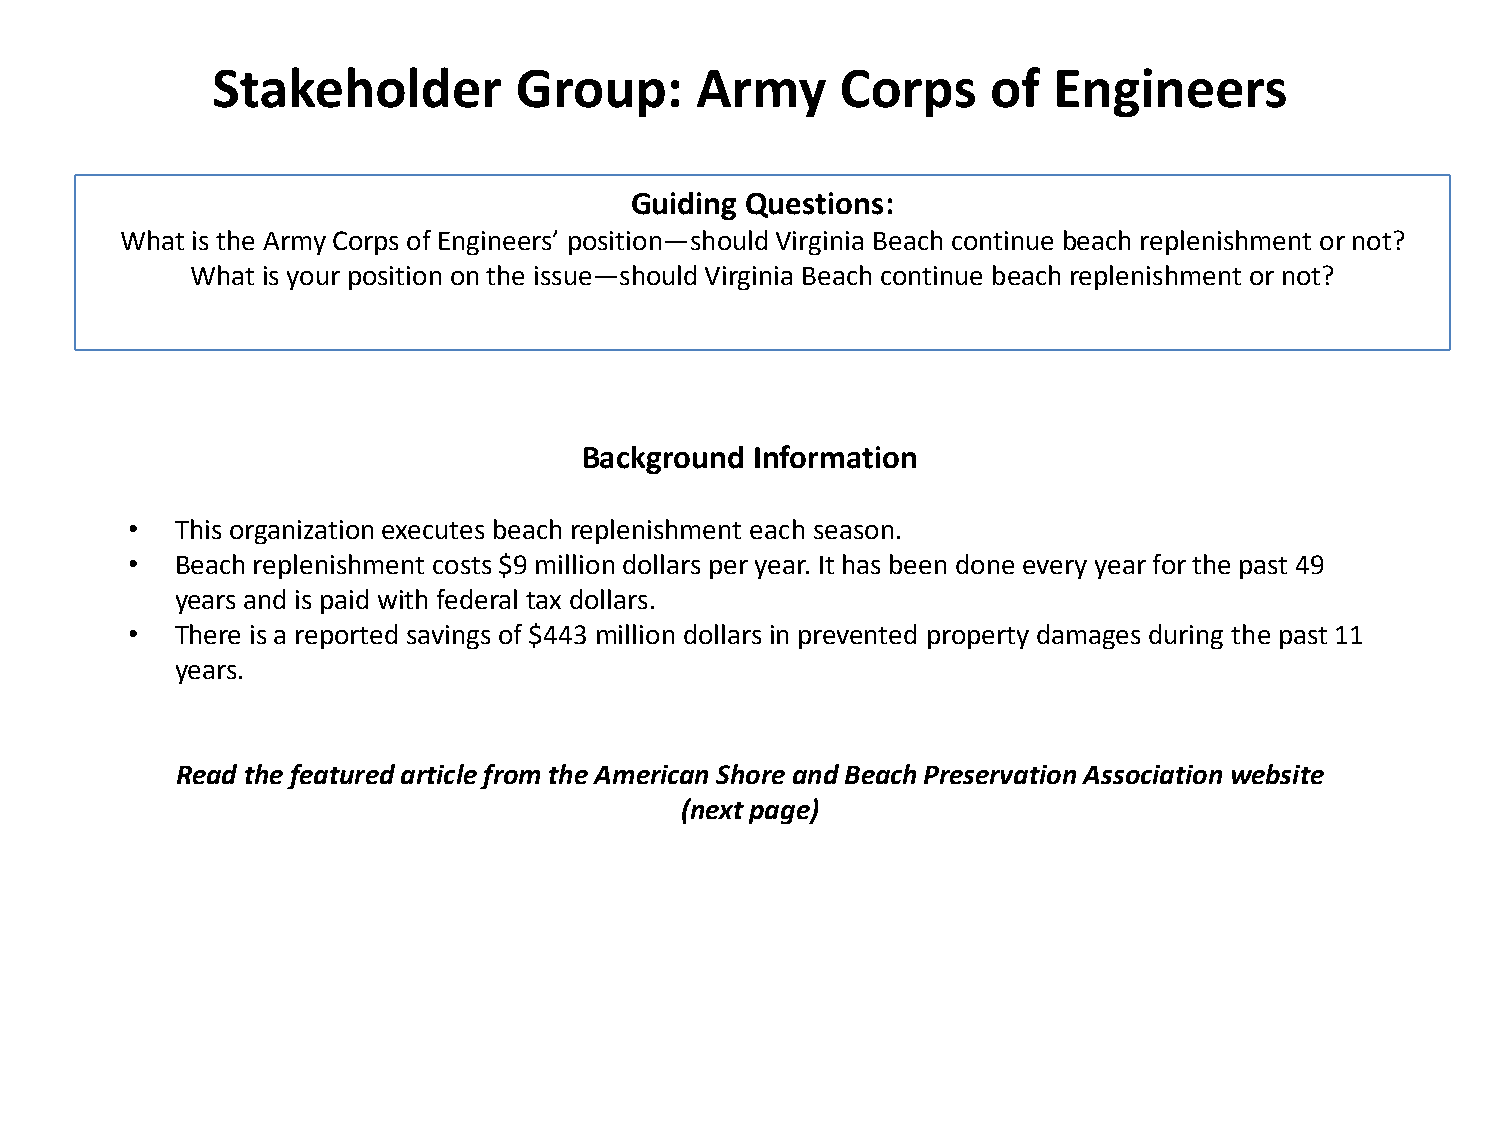
Stakeholder         Group:      Army      Corps     of  Engineers
 Guiding Questions:
 What is the Army Corps of Engineers’ position—should Virginia Beach continue beach replenishment or not?
 What is your position on the issue—should Virginia Beach continue beach replenishment or not?
 Background Information
 •   This organization executes beach replenishment each season.
 •   Beach replenishment costs $9 million dollars per year. It has been done every year for the past 49
 years and is paid with federal tax dollars.
 •   There is a reported savings of $443 million dollars in prevented property damages during the past 11
 years.
 Read the featured article from the American Shore and Beach Preservation Association website
 (next page)